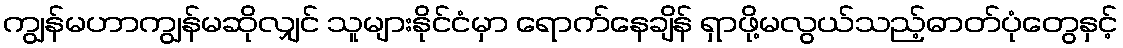
ကျွန်မဟာကျွန်မဆိုလျှင် သူများနိုင်ငံမှာ ရောက်နေချိန် ရှာဖို့မလွယ်သည့်ဓာတ်ပုံတွေနှင့်